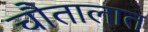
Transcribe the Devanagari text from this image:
चौतालात